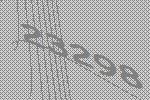
23298